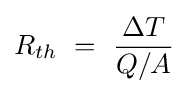
R_{th}\ =\ {\frac {\Delta T}{Q/A}}